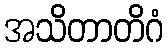
အသိတာတိဂံ